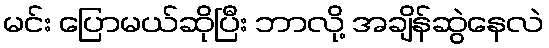
မင်း ပြောမယ်ဆိုပြီး ဘာလို့ အချိန်ဆွဲနေလဲ